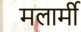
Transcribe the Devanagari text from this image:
मलार्मी